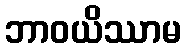
ဘာဝယိဿာမ